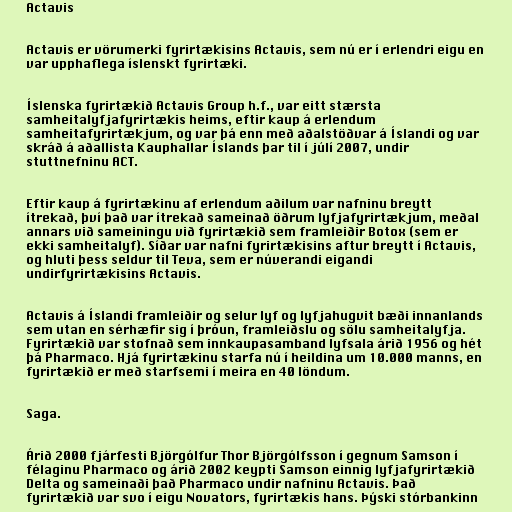
Actavis

Actavis er vörumerki fyrirtækisins Actavis, sem nú er í erlendri eigu en
var upphaflega íslenskt fyrirtæki.

Íslenska fyrirtækið Actavis Group h.f., var eitt stærsta
samheitalyfjafyrirtækis heims, eftir kaup á erlendum
samheitafyrirtækjum, og var þá enn með aðalstöðvar á Íslandi og var
skráð á aðallista Kauphallar Íslands þar til í júlí 2007, undir
stuttnefninu ACT.

Eftir kaup á fyrirtækinu af erlendum aðilum var nafninu breytt
ítrekað, því það var ítrekað sameinað öðrum lyfjafyrirtækjum, meðal
annars við sameiningu við fyrirtækið sem framleiðir Botox (sem er
ekki samheitalyf). Síðar var nafni fyrirtækisins aftur breytt í Actavis,
og hluti þess seldur til Teva, sem er núverandi eigandi
undirfyrirtækisins Actavis.

Actavis á Íslandi framleiðir og selur lyf og lyfjahugvit bæði innanlands
sem utan en sérhæfir sig í þróun, framleiðslu og sölu samheitalyfja.
Fyrirtækið var stofnað sem innkaupasamband lyfsala árið 1956 og hét
þá Pharmaco. Hjá fyrirtækinu starfa nú í heildina um 10.000 manns, en
fyrirtækið er með starfsemi í meira en 40 löndum.

Saga.

Árið 2000 fjárfesti Björgólfur Thor Björgólfsson í gegnum Samson í
félaginu Pharmaco og árið 2002 keypti Samson einnig lyfjafyrirtækið
Delta og sameinaði það Pharmaco undir nafninu Actavis. Það
fyrirtækið var svo í eigu Novators, fyrirtækis hans. Þýski stórbankinn